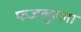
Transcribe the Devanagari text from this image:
फजलुल्ला